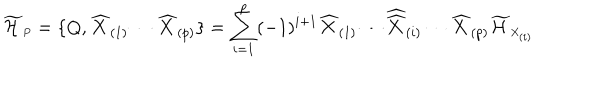
\widetilde { \cal H } _ { \scriptscriptstyle P } = \{ Q , \widehat { X } _ { ( 1 ) } \cdots \widehat { X } _ { ( p ) } \} = \sum _ { i = 1 } ^ { p } ( - 1 ) ^ { i + 1 } \widehat { X } _ { ( 1 ) } \cdots { \widehat { \widehat X } } _ { ( i ) } \cdots \widehat { X } _ { ( p ) } \widetilde { \cal H } _ { \scriptscriptstyle X _ { ( i ) } }